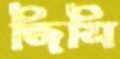
জিসি